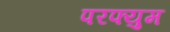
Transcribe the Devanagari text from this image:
परफ्युम